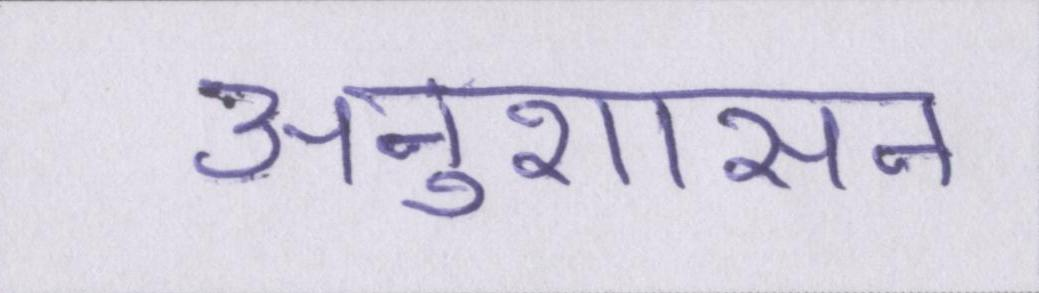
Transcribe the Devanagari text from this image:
अनुशासन